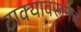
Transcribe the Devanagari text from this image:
टाक्यावरूनच